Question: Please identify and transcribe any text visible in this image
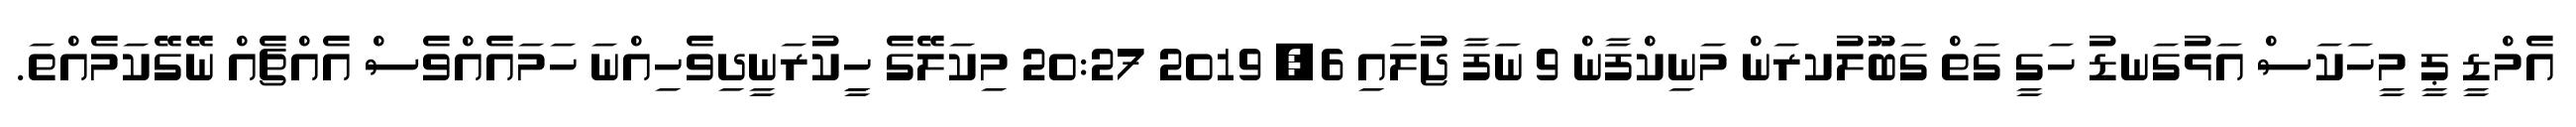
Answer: އެމްޑީ ޕީ މީހަކަސް އަޅުގަނޑު ހަގީ ގަތް ގަބޫލުކރަން މަނިކްފާން 9 ނަފާ ޖުލައި 6, 2019 20:27 މިކަލޭގެ ހީިކުރަނީދިވެހިއްނަ ހަމައެއްވެސް އެއްޗެއް ނޭގޭކަމެއްތަ.